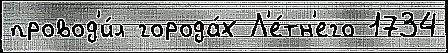
провод'и́л города́х Л'е́тн'его 1734